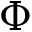
\Phi